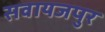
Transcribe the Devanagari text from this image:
सवायजपुर